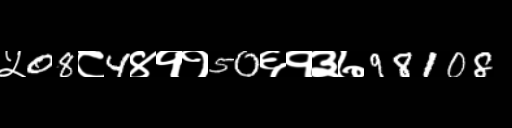
Text: ५08८4४११50६१३७98108